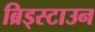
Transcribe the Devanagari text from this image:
ब्रिड्स्टाउन